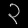
Digit: ၃